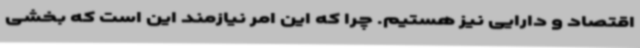
اقتصاد و دارایی نیز هستیم. چرا که این‌ امر نیازمند این است که بخشی